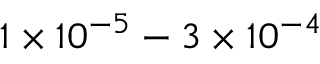
1 \times 1 0 ^ { - 5 } - 3 \times 1 0 ^ { - 4 }